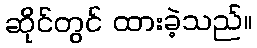
ဆိုင်တွင် ထားခဲ့သည်။